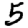
Digit: 5